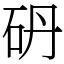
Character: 砃